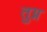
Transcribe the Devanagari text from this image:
तुग्न